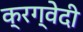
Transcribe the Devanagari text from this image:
क्रग्वेदी